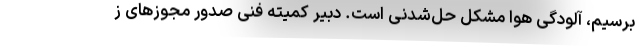
برسیم، آلودگی هوا مشکل حل‌شدنی است. دبیر کمیته فنی صدور مجوزهای ز